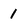
Character: 1